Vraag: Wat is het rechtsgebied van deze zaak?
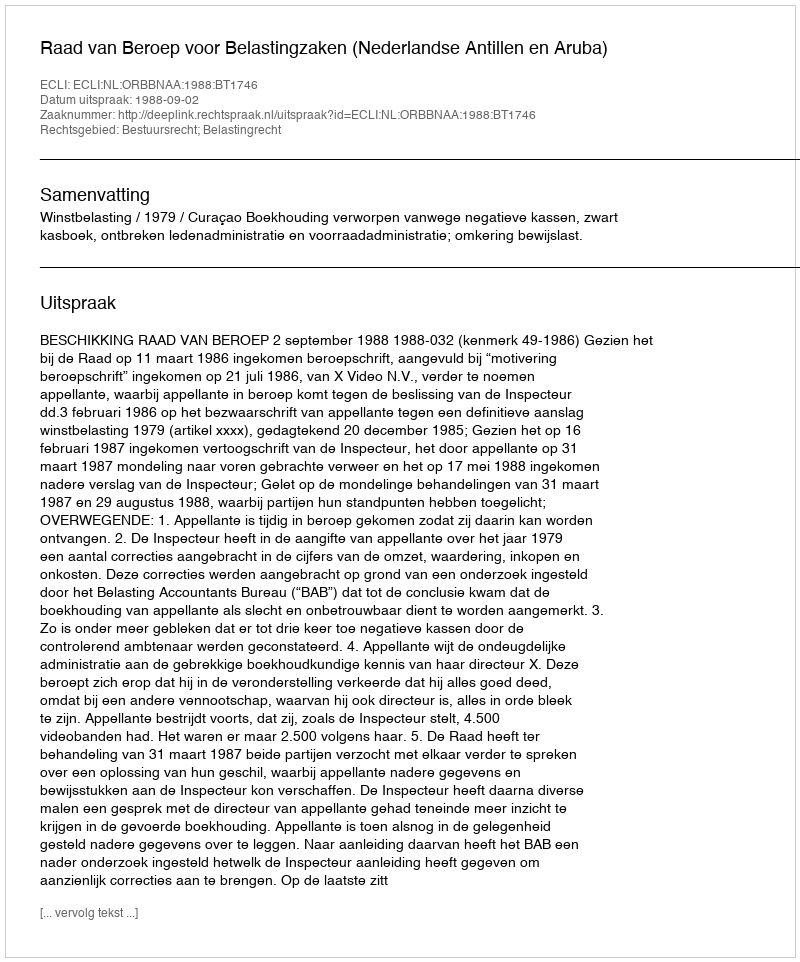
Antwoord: Bestuursrecht; Belastingrecht